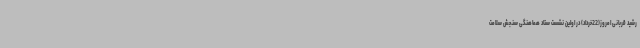
رشید قربانی امروز(22خرداد) در اولین نشست ستاد هماهنگی سنجش سلامت